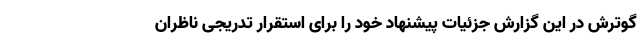
گوترش در این گزارش جزئیات پیشنهاد خود را برای استقرار تدریجی ناظران